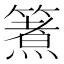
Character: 𮆈